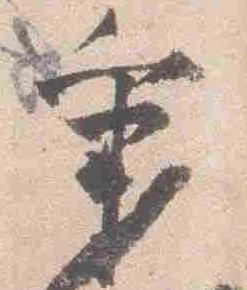
秉